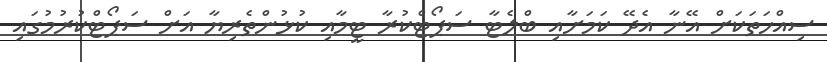
ސިއްހަތަކަށް އޭނާ އެދޭ ކަމަށާއި ބްލެޓާ ސަޕޯޓްކުރާ ޓީމާއި ކުޅުންތެރިޔާ އަށް ސަޕޯޓްކުރުމުގައި